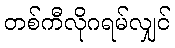
တစ်ကီလိုဂရမ်လျှင်